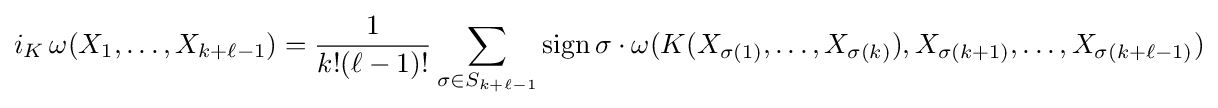
i_{K}\,\omega (X_{1},\dots ,X_{k+\ell -1})={\frac {1}{k!(\ell -1)!}}\sum _{\sigma \in {S}_{k+\ell -1}}{\textrm {sign}}\,\sigma \cdot \omega (K(X_{\sigma (1)},\dots ,X_{\sigma (k)}),X_{\sigma (k+1)},\dots ,X_{\sigma (k+\ell -1)})